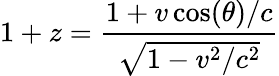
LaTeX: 1+z={\frac{1+v\cos(\theta)/c}{\sqrt{1-v^{2}/c^{2}}}}